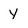
Character: y